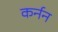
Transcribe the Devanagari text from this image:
कर्नन